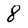
Character: 8